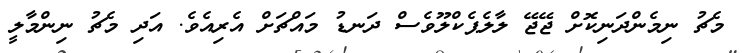
މެޗު ނިމެންދަނިކޮށް ޖޭޖޭ ލާލެޕެކްލޫވެސް ދަނޑު މައްޗަށް އެރިއެވެ. އަދި މެޗު ނިންމާލީ